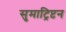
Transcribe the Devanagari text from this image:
सुमाट्रिप्टन